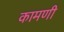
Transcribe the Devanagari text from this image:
कामणी